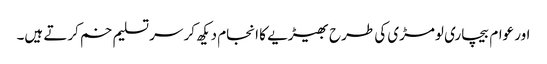
اور عوام بیچاری لومڑی کی طرح بھیڑیے کا انجام دیکھ کر سر تسلیم خم کرتے ہیں۔